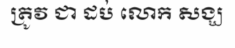
ត្រូវ ជា ដប់ លោក សង្ឃ